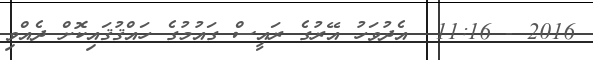
2016 - 11:16  އެދުވަހު އޭރުގެ ރައީސް ގައުމުގެ ހައްޤުޤައިކޮށް ދެއްވި